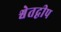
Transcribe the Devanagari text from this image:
श्वेतद्वीप